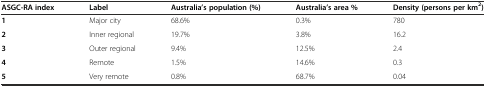
<table><thead><tr><td><b>ASGC-RA index</b></td><td><b>Label</b></td><td><b>Australia’s population (%)</b></td><td><b>Australia’s area %</b></td><td><b>Density (persons per km<sup>2</sup>)</b></td></tr></thead><tbody><tr><td><b>1</b></td><td>Major city</td><td>68.6%</td><td>0.3%</td><td>780</td></tr><tr><td><b>2</b></td><td>Inner regional</td><td>19.7%</td><td>3.8%</td><td>16.2</td></tr><tr><td><b>3</b></td><td>Outer regional</td><td>9.4%</td><td>12.5%</td><td>2.4</td></tr><tr><td><b>4</b></td><td>Remote</td><td>1.5%</td><td>14.6%</td><td>0.3</td></tr><tr><td><b>5</b></td><td>Very remote</td><td>0.8%</td><td>68.7%</td><td>0.04</td></tr></tbody></table>